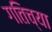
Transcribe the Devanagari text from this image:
गतिच्या